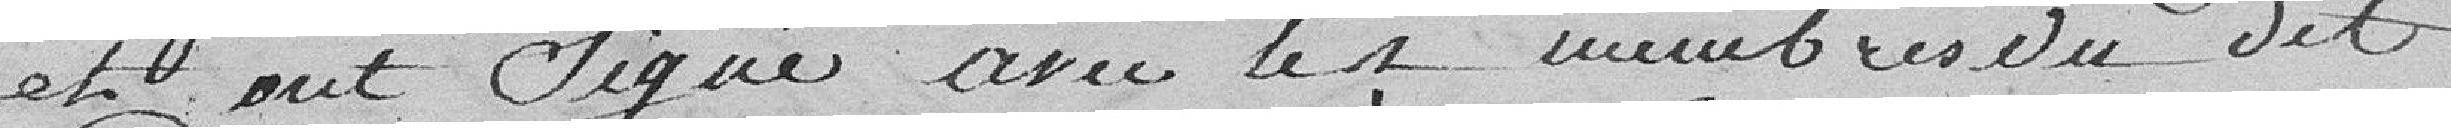
et ont signé avec les membres du dit